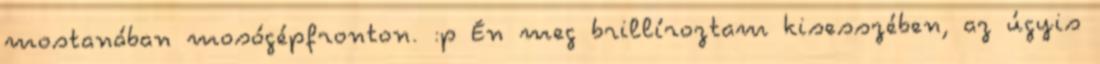
mostanában mosógépfronton. :p Én meg brillíroztam kisesszében, az úgyis